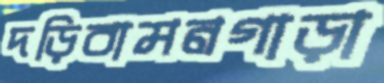
দড়িবামনগাড়া